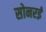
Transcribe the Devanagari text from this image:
सोनरई